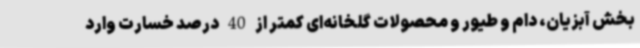
بخش آبزیان، دام و طیور و محصولات گلخانه‌ای کمتر از 40 درصد خسارت وارد